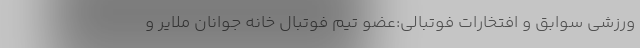
ورزشی سوابق و افتخارات فوتبالی:‌عضو تیم فوتبال خانه جوانان ملایر و